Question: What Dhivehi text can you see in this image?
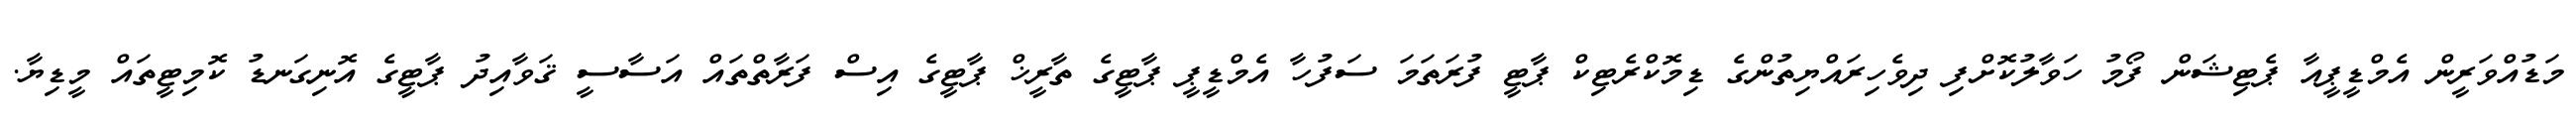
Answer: މަޑުއްވަރީން އެމްޑީޕީއާ ޕެޓިޝަން ފޯމު ހަވާލުކޮށްފި ދިވެހިރައްޔިތުންގެ ޑިމޮކްރެޓިކް ޕާޓީ ފުރަތަމަ ސަފުހާ އެމްޑީޕީ ޕާޓީގެ ތާރީޚް ޕާޓީގެ އިސް ފަރާތްތައް އަސާސީ ޤަވާއިދު ޕާޓީގެ އޮނިގަނޑު ކޮމިޓީތައް މީޑިޔާ.